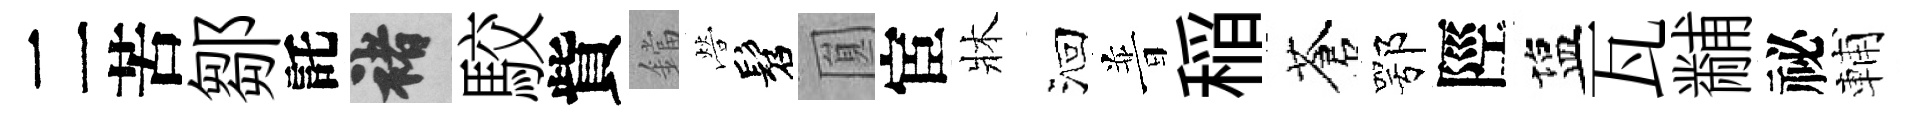
二苦鄒託褚駮貲鐺營髫圎宦牀洄普稲蒼鄂陘塩瓦黼祕輔